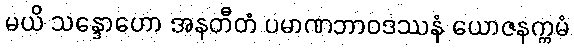
မယိ သန္ဒောဟော အနတီတံ ပမာဏဘာဝဒဿနံ ယောဇနက္ကမံ